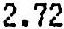
2.72